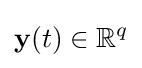
\mathbf {y} (t)\in \mathbb {R} ^{q}